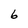
Character: 6